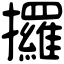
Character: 攞